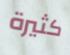
كثيرة